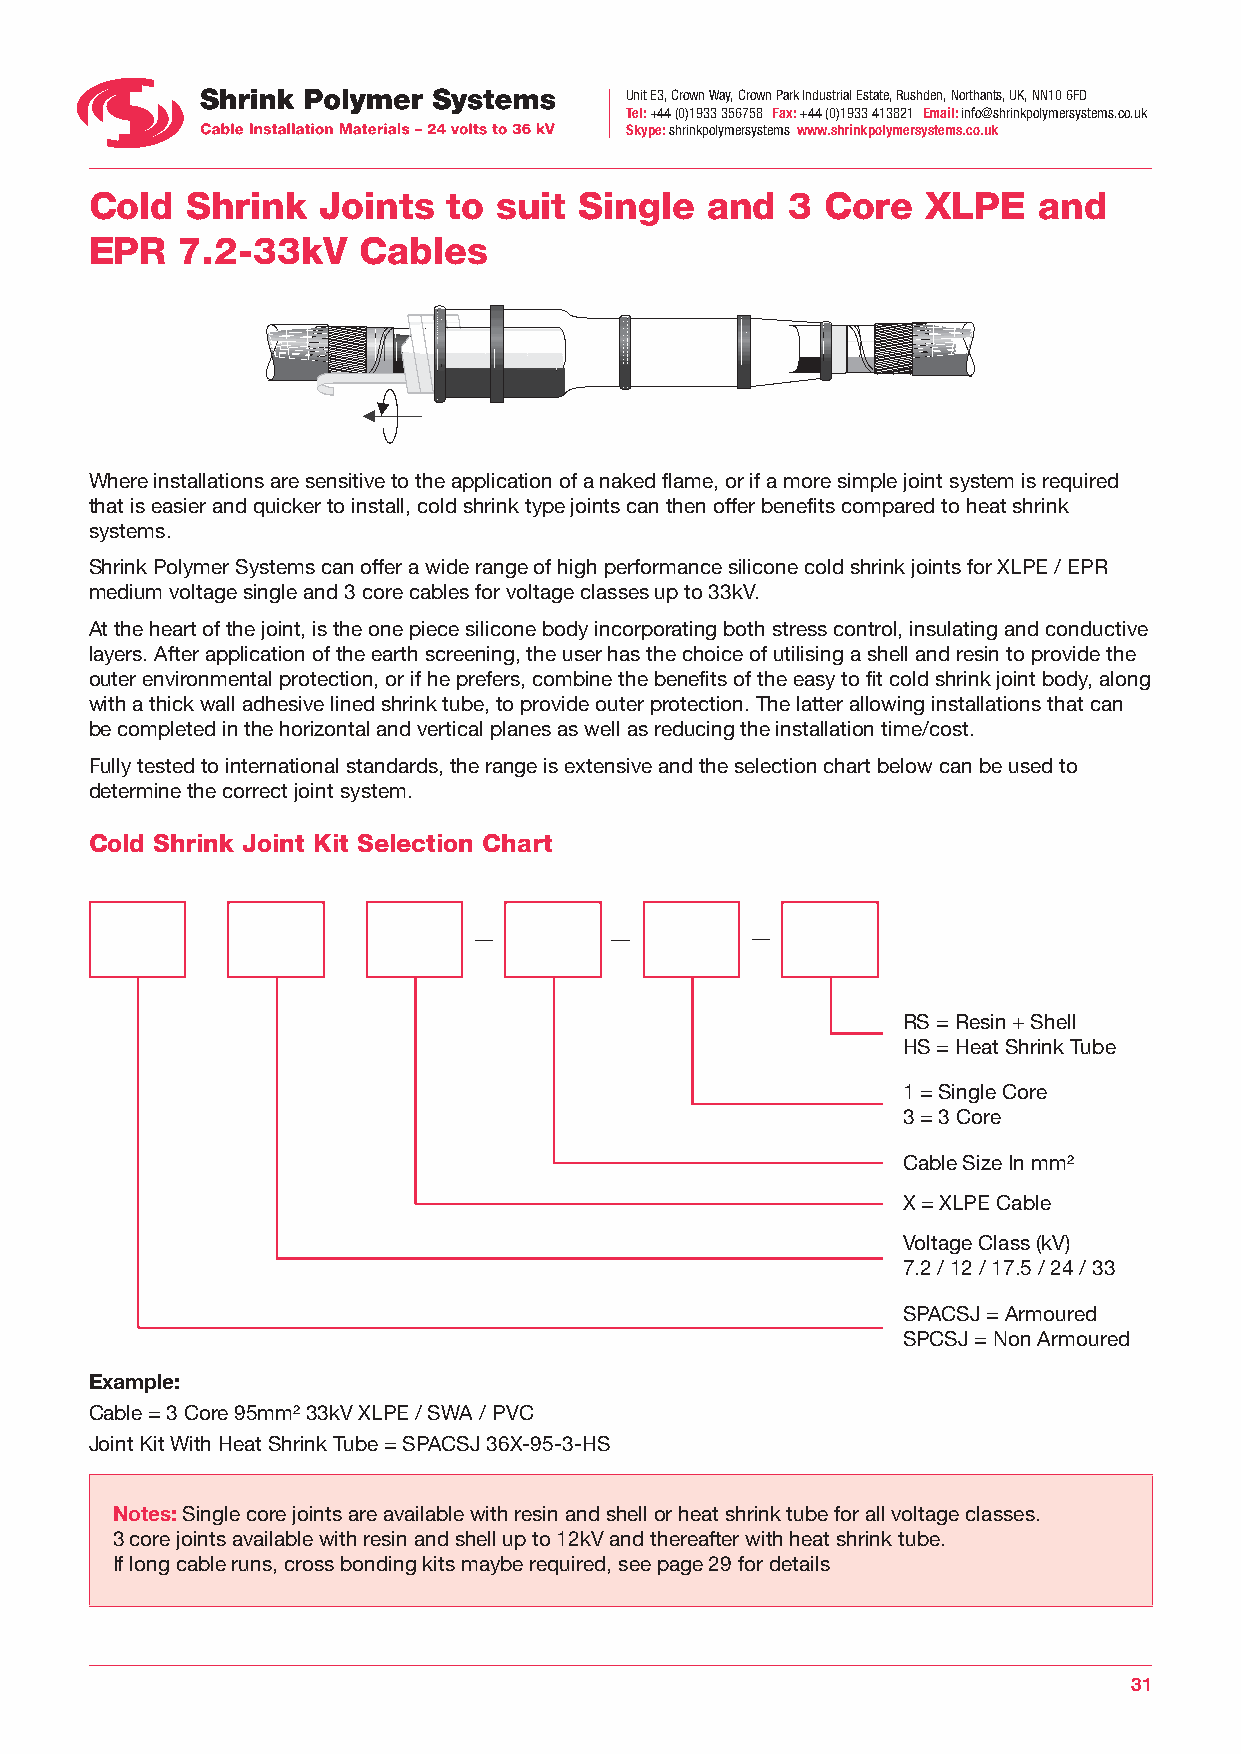
Unit E3, Crown Way, Crown Park Industrial Estate, Rushden, Northants, UK, NN10 6FD
 Tel: +44 (0)1933 356758 Fax: +44 (0)1933 413821 Email: info@shrinkpolymersystems.co.uk
 Skype: shrinkpolymersystems www.shrinkpolymersystems.co.uk
 Cold  Shrink   Joints   to suit Single   and  3  Core  XLPE    and
 EPR   7.2-33kV    Cables
 Where installations are sensitive to the application of a naked flame, or if a more simple joint system is required
 that is easier and quicker to install, cold shrink type joints can then offer benefits compared to heat shrink
 systems.
 Shrink Polymer Systems can offer a wide range of high performance silicone cold shrink joints for XLPE / EPR
 medium voltage single and 3 core cables for voltage classes up to 33kV.
 At the heart of the joint, is the one piece silicone body incorporating both stress control, insulating and conductive
 layers. After application of the earth screening, the user has the choice of utilising a shell and resin to provide the
 outer environmental protection, or if he prefers, combine the benefits of the easy to fit cold shrink joint body, along
 with a thick wall adhesive lined shrink tube, to provide outer protection. The latter allowing installations that can
 be completed in the horizontal and vertical planes as well as reducing the installation time/cost.
 Fully tested to international standards, the range is extensive and the selection chart below can be used to
 determine the correct joint system.
 Cold Shrink Joint Kit Selection Chart
 RS = Resin + Shell
 HS = Heat Shrink Tube
 1 = Single Core
 3 = 3 Core
 Cable Size In mm²
 X = XLPE Cable
 Voltage Class (kV)
 7.2 / 12 / 17.5 / 24 / 33
 SPACSJ = Armoured
 SPCSJ = Non Armoured
 Example:
 Cable = 3 Core 95mm² 33kV XLPE / SWA / PVC
 Joint Kit With Heat Shrink Tube = SPACSJ 36X-95-3-HS
 Notes: Single core joints are available with resin and shell or heat shrink tube for all voltage classes.
 3 core joints available with resin and shell up to 12kV and thereafter with heat shrink tube.
 If long cable runs, cross bonding kits maybe required, see page 29 for details
 31